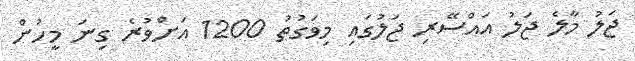
ޖަލު މާލެ ޖަލު އައްސޭރި ޖަލުގައި މިވަގުތު 1200 އަށްވުރެ ގިނަ މީހުން